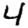
Digit: 4